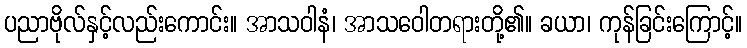
ပညာဗိုလ်နှင့်လည်းကောင်း။ အာသဝါနံ၊ အာသဝေါတရားတို့၏။ ခယာ၊ ကုန်ခြင်းကြောင့်။